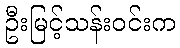
ဦးမြင့်သန်းဝင်းက